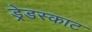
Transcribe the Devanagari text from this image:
ड्रेडस्काट